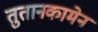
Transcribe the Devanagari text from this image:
तुतानकामेन